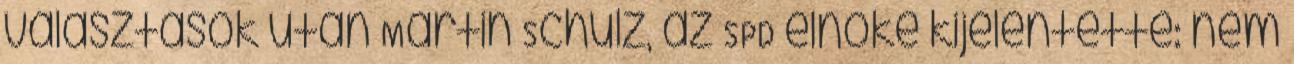
választások után Martin Schulz, az SPD elnöke kijelentette: nem